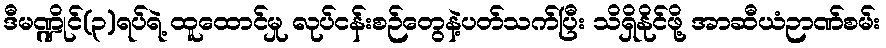
ဒီမဏ္ဍိုင်(၃)ရပ်ရဲ့ ထူထောင်မှု လုပ်ငန်းစဉ်တွေနဲ့ပတ်သက်ပြီး သိရှိနိုင်ဖို့ အာဆီယံဉာဏ်စမ်း